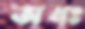
অধঃ